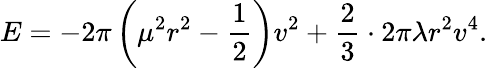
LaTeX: E=-2\pi\left(\mu^{2}r^{2}-\frac{1}{2}\right)v^{2}+\frac{2}{3}\cdot 2\pi\lambda r^{2}v^{4}.